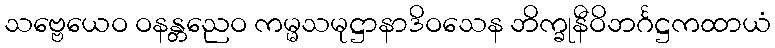
သဗ္ဗေယေဝ ဝနန္တညေဝ ကမ္မသမုဋ္ဌာနာဒိဝသေန ဘိက္ခုနီဝိဘင်္ဂဋ္ဌကထာယံ